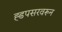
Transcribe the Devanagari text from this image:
ह्डपसरवरून